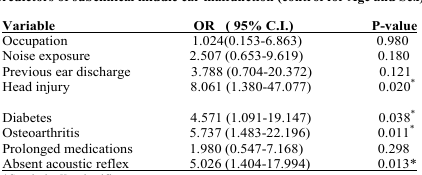
<table><thead><tr><td><b>Variable</b></td><td><b>OR (95% C.I.)</b></td><td><b>P-value</b></td></tr></thead><tbody><tr><td>Occupation</td><td>1.024(0.153–6.863)</td><td>0.980</td></tr><tr><td>Noise exposure</td><td>2.507 (0.653–9.619)</td><td>0.180</td></tr><tr><td>Previous ear discharge</td><td>3.788 (0.704–20.372)</td><td>0.121</td></tr><tr><td>Head injury</td><td>8.061 (1.380–47.077)</td><td>0.020*</td></tr><tr><td colspan="3"> </td></tr><tr><td>Diabetes</td><td>4.571 (1.091–19.147)</td><td>0.038*</td></tr><tr><td>Osteoarthritis</td><td>5.737 (1.483–22.196)</td><td>0.011*</td></tr><tr><td>Prolonged medications</td><td>1.980 (0.547–7.168)</td><td>0.298</td></tr><tr><td>Absent acoustic reflex</td><td>5.026 (1.404–17.994)</td><td>0.013*</td></tr></tbody></table>